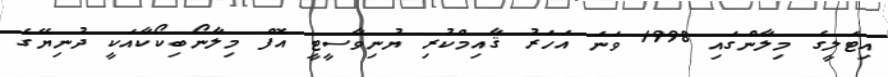
އިޓަލީގެ މިލާންގައި 1998 ވަނަ އަހަރު ޤާއިމްކުރި ޔުނިވާސީޓީ އޮފް މިލާނޯބިކޯކާއަކީ ދުނިޔޭގެ